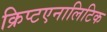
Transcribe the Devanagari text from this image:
क्रिप्टएनालिटिक